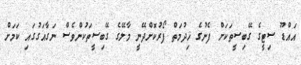
އައްޑޫ ސިޓީގެ ގޭބިސީތަކަށް ފެނުގެ ޚިދުމަތް ފޯރުކޮށްދޭނީ މާލޭގެ ގޭބިސީތަކުންވެސް ނަގާއަގުގައި ކަމަށް